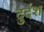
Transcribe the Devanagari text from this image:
दुर्दश